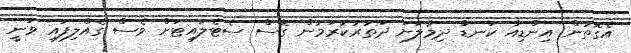
އެގޮތުން އިންޑިއާ ކަނޑާ ދިމާލަށް ދަތުރުކުރަމުން ގޮސް ސެޓެލައިޓަށް ވެސް ގެއްލިފައި ވަނީ